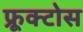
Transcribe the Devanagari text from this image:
फ्रूक्टोस